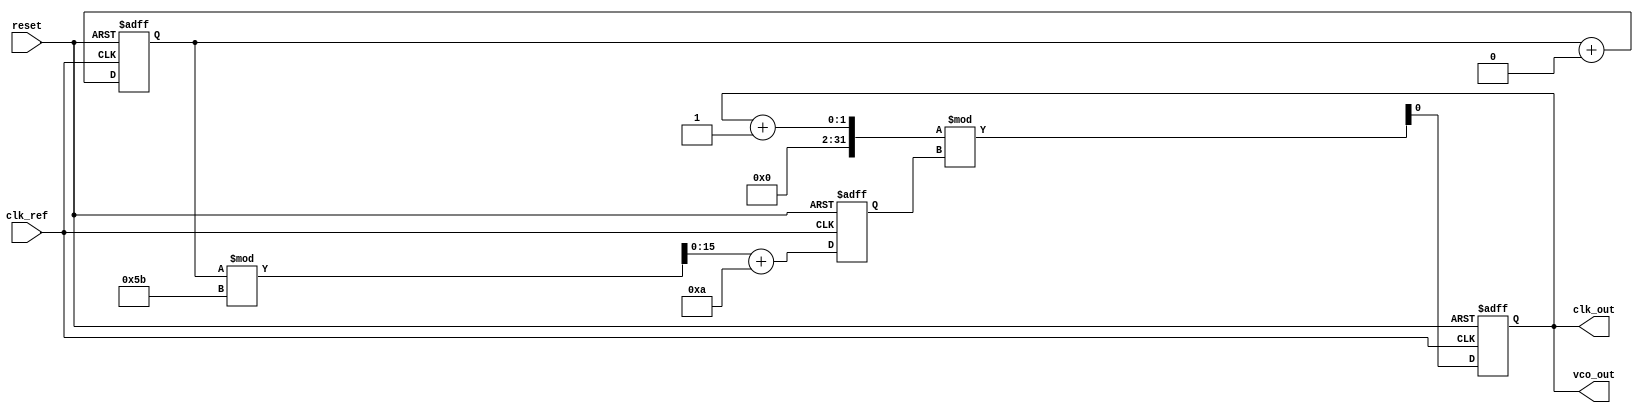
module pll (
    input wire clk_ref,              // Reference clock input
    input wire reset,                // Reset input
    output reg clk_out,              // PLL output clock
    output wire vco_out              // VCO output frequency
);

    // Parameters
    parameter DIV_RATIO = 4;         // Frequency divider ratio
    parameter VCO_MAX_FREQ = 100;     // Max frequency for VCO
    parameter VCO_MIN_FREQ = 10;      // Min frequency for VCO

    // Internal signals
    reg [15:0] vco_ctrl;              // Control voltage for VCO
    wire phase_error;                 // Phase error signal
    wire feedback_clk;                // Feedback clock from frequency divider
    reg [15:0] filter_output;         // Output of the loop filter

    // Phase Detector
    always @(posedge clk_ref or posedge reset) begin
        if (reset) begin
            phase_error <= 0;
        end else begin
            // Simple phase detection logic
            phase_error <= feedback_clk ^ clk_ref; // Example phase error calculation
        end
    end

    // Loop Filter (First-order low-pass filter example)
    always @(posedge clk_ref or posedge reset) begin
        if (reset) begin
            filter_output <= 0;
        end else begin
            filter_output <= filter_output + (phase_error >> 1); // Example low-pass filtering
        end
    end

    // Voltage-Controlled Oscillator (VCO) - Simplified
    always @(posedge clk_ref or posedge reset) begin
        if (reset) begin
            vco_ctrl <= 0;
            clk_out <= 0;
        end else begin
            // Control the VCO based on the filter output
            vco_ctrl <= filter_output[15:0] % (VCO_MAX_FREQ - VCO_MIN_FREQ + 1) + VCO_MIN_FREQ;
            clk_out <= (clk_out + 1) % vco_ctrl; // Simple frequency generation
        end
    end

    // Frequency Divider
    reg [1:0] counter = 0; // 2-bit counter for division
    always @(posedge clk_out or posedge reset) begin
        if (reset) begin
            counter <= 0;
        end else begin
            if (counter == (DIV_RATIO - 1)) begin
                feedback_clk <= ~feedback_clk; // Toggle feedback clock
                counter <= 0; // Reset counter
            end else begin
                counter <= counter + 1;
            end
        end
    end

    assign vco_out = clk_out; // Output from VCO

endmodule